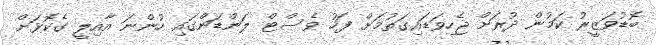
ބޮޑުވަޒީރު ކަމުން ދުރަށް ޖެހިވަޑައިގަތުމަށް ފަހު ވެސްޓް ލަންޑަންގައި ހުންނަ އާއިލީ ގެކޮޅަށް